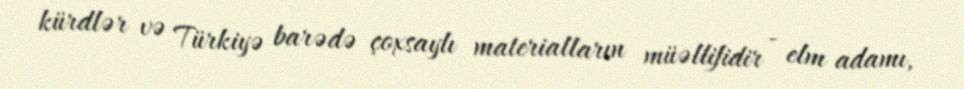
kürdlər və Türkiyə barədə çoxsaylı materialların müəllifidir - elm adamı,